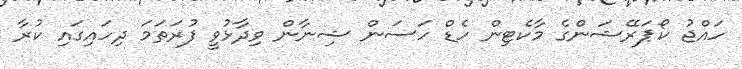
ހައްޖު ކޯޕަރޭޝަންގެ މާކެޓިން ހެޑް ހަސަން ޝިނާން ވިދާޅުވީ ފުރަތަމަ ދިހައިގައި ކުރާ